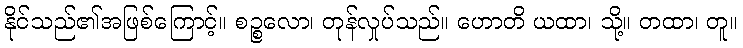
နိုင်သည်၏အဖြစ်ကြောင့်။ စဉ္စလော၊ တုန်လှုပ်သည်။ ဟောတိ ယထာ၊ သို့။ တထာ၊ တူ။